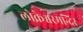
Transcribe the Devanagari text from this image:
लोकेश्वरमन्दिर